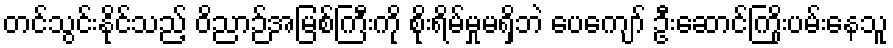
တင်သွင်းနိုင်သည့် ဝိညာဉ်အမြစ်ကြီးကို စိုးရိမ်မှုမရှိဘဲ ပေကျော် ဦးဆောင်ကြိုးပမ်းနေသူ